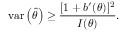
\operatorname { v a r } \left( { \hat { \theta } } \right) \geq { \frac { [ 1 + b ^ { \prime } ( \theta ) ] ^ { 2 } } { I ( \theta ) } } .